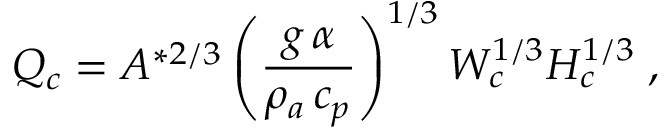
Q _ { c } = A ^ { * 2 / 3 } \left( \frac { g \, \alpha } { \rho _ { a } \, c _ { p } } \right) ^ { 1 / 3 } W _ { c } ^ { 1 / 3 } H _ { c } ^ { 1 / 3 } \; ,